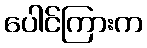
ပေါင်ကြားက